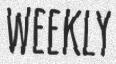
WEEKLY